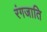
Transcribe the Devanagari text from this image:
रंगजाति